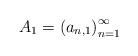
LaTeX: \begin{align*}A_1 = \left( a_{n,1} \right)_{n=1}^{\infty}\end{align*}